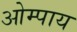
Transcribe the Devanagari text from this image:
ओम्पाय